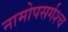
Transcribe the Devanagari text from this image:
नामोपसर्गश्च